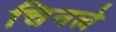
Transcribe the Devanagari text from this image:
चिनले